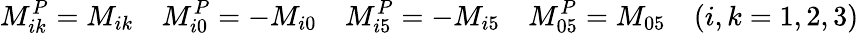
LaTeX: M_{ik}^{P}=M_{ik}\quad M_{i0}^{P}=-M_{i0}\quad M_{i5}^{P}=-M_{i5}\quad M_{05}^{P}=M_{05}\quad(i,k=1,2,3)